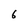
Character: 6